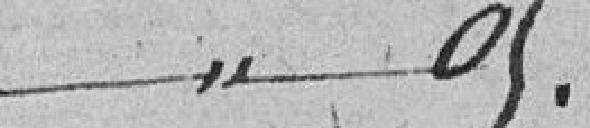
5.00